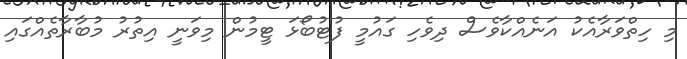
މި ހިތްވަރާއެކު އަނެއްކާވެސް ދިވެހި ގައުމީ ފުޓުބޯޅަ ޓީމުން މިވަނީ އިތުރު މުބާރާތެއްގައި